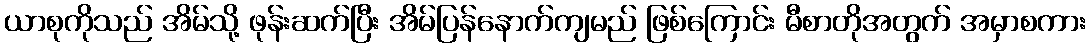
ယာစုကိုသည် အိမ်သို့ ဖုန်းဆက်ပြီး အိမ်ပြန်နောက်ကျမည် ဖြစ်ကြောင်း မီစာတိုအတွက် အမှာစကား